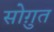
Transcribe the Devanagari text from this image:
सोग़ुत